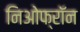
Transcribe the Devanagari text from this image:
निओफ्रॉन